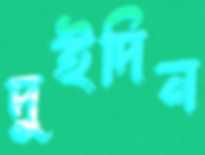
দুইদিন